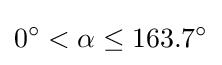
0^{\circ }<\alpha \leq 163.7^{\circ }